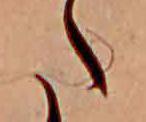
た